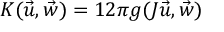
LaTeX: K ( \vec { u } , \vec { w } ) = \o { 1 } { 2 \pi } g ( J \vec { u } , \vec { w } )